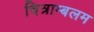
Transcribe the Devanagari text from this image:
चित्राम्बलम